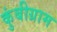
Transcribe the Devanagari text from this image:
कुंबीग्राम